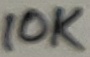
Text: 10K